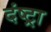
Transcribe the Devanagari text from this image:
दंष्ट्रा